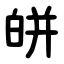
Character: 皏